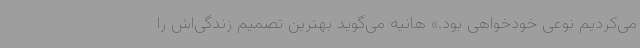
می‌کردیم نوعی خودخواهی بود.» هانیه می‌گوید بهترین تصمیم زندگی‌اش را